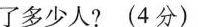
了多少人? (4分)